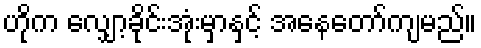
ဟိုက လျှော့ခိုင်းအုံးမှာနှင့် အနေတော်ကျမည်။